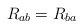
\begin{align*}R_{ab} = R_{ba} \end{align*}